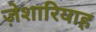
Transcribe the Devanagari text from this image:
ज़ेशारियाह